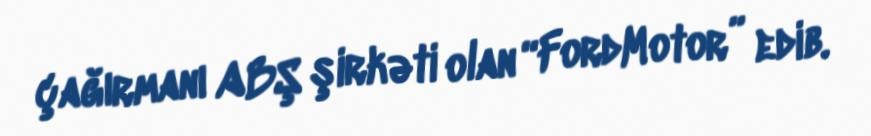
çağırmanı ABŞ şirkəti olan “FordMotor” edib.